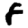
Digit: 8